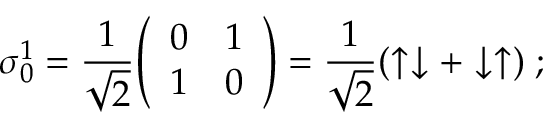
{ \boldsymbol { \sigma } } _ { 0 } ^ { 1 } = { \frac { 1 } { \sqrt { 2 } } } { \left( \begin{array} { l l } { 0 } & { 1 } \\ { 1 } & { 0 } \end{array} \right) } = { \frac { 1 } { \sqrt { 2 } } } ( \uparrow \downarrow + \downarrow \uparrow ) \; ;